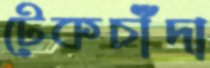
টেকচাঁদা